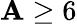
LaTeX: \mathbf{A}\ge6